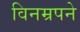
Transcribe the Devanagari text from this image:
विनम्रपने